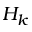
H _ { k }